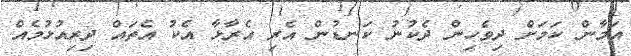
އަމާން ކަމަށް ދިވެހިން ދެކުނު ކަނޑުން އެރި އެރާޅާ އެކު އެތައް ދިރިއުޅުމެއް